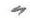
"